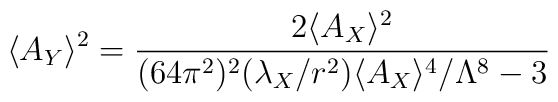
\langle A_Y \rangle^2  = {{2 \langle A_X \rangle^2}     \over     {(64 \pi^2)^2 (\lambda_X / r^2) \langle A_X \rangle^4 / \Lambda^8 - 3}}